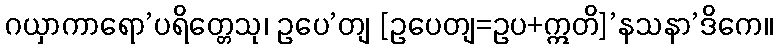
ဂယှာကာရော’ပရိတ္တေသု၊ ဥပေ’တျ [ဥပေတျ=ဥပ+ဣတိ]’နသနာ’ဒိကေ။